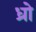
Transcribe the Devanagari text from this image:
ध्रो